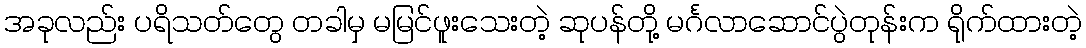
အခုလည်း ပရိသတ်တွေ တခါမှ မမြင်ဖူးသေးတဲ့ ဆုပန်တို့ မင်္ဂလာဆောင်ပွဲတုန်းက ရိုက်ထားတဲ့